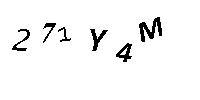
271Y4M